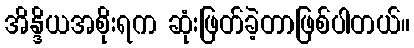
အိန္ဒိယအစိုးရက ဆုံးဖြတ်ခဲ့တာဖြစ်ပါတယ်။